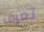
تعرف